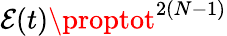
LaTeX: \mathcal{E}(t)\proptot^{2(N-1)}